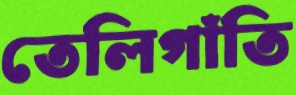
তেলিগাঁতি